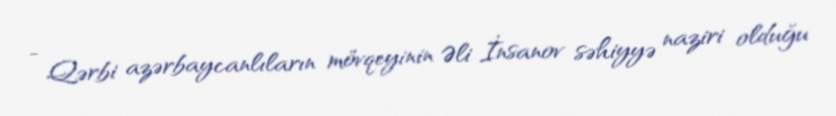
- Qərbi azərbaycanlıların mövqeyinin Əli İnsanov səhiyyə naziri olduğu